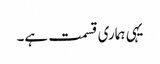
یہی ہماری قسمت ہے۔